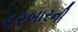
દરબારની